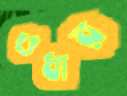
ওধার